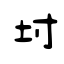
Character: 坿